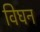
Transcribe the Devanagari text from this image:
विघन